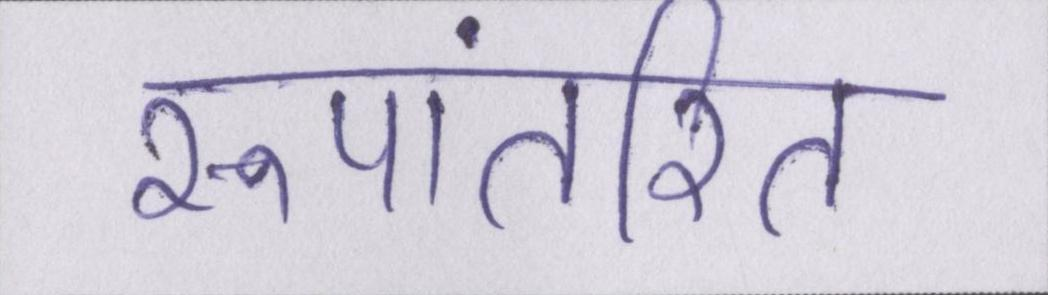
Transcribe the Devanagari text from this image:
रूपांतरित